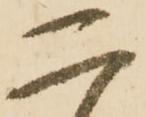
二